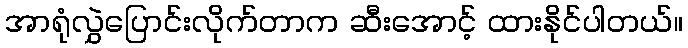
အာရုံလွှဲပြောင်းလိုက်တာက ဆီးအောင့် ထားနိုင်ပါတယ်။